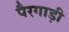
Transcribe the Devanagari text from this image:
पैरगाड़ी